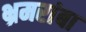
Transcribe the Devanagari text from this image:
भ्रमरांबा